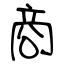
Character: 商